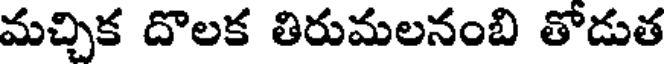
మచ్చిక దొలక తిరుమలనంబి తోడుత